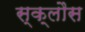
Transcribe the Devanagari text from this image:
स्क्लौस